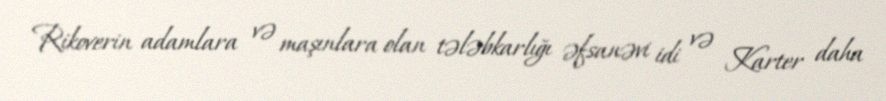
Rikoverin adamlara və maşınlara olan tələbkarlığı əfsanəvi idi və Karter daha